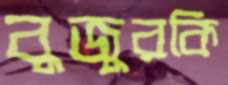
বুজুরকি